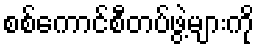
စစ်ကောင်စီတပ်ဖွဲ့များကို